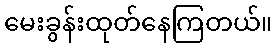
မေးခွန်းထုတ်နေကြတယ်။